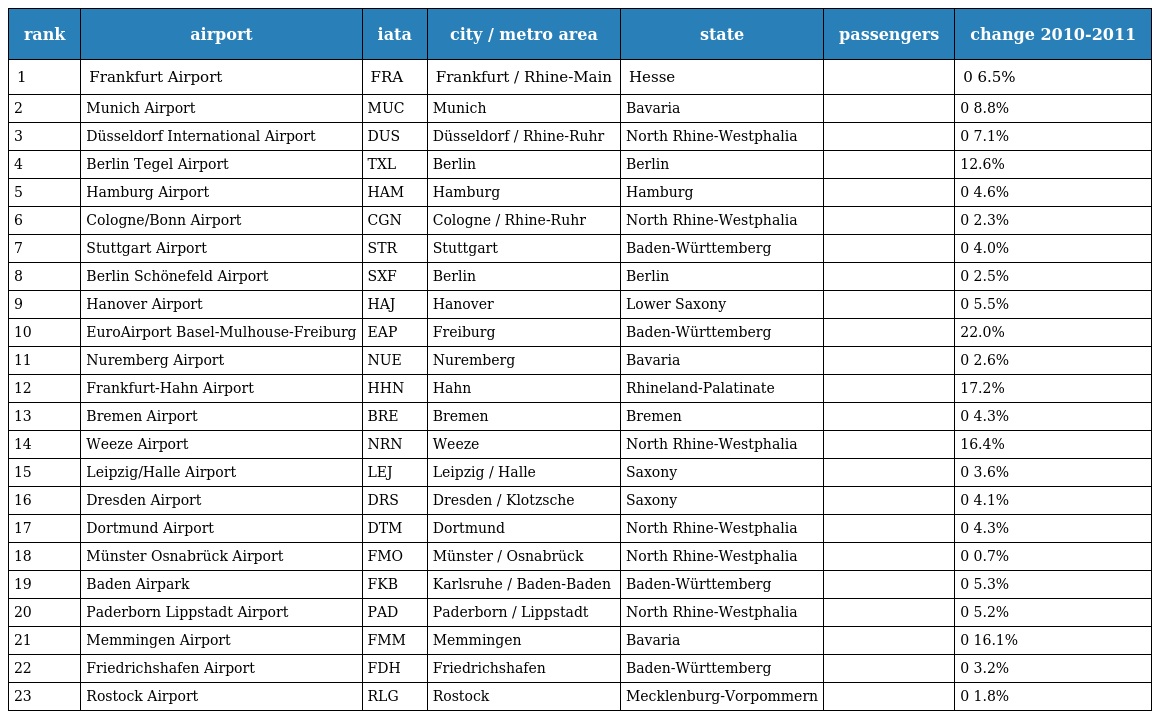
| rank | airport | iata | city / metro area | state | passengers | change 2010-2011 |
 | --- | --- | --- | --- | --- | --- | --- |
 | 1 | Frankfurt Airport | FRA | Frankfurt / Rhine-Main | Hesse |  | 0 6.5% |
 | 2 | Munich Airport | MUC | Munich | Bavaria |  | 0 8.8% |
 | 3 | Düsseldorf International Airport | DUS | Düsseldorf / Rhine-Ruhr | North Rhine-Westphalia |  | 0 7.1% |
 | 4 | Berlin Tegel Airport | TXL | Berlin | Berlin |  | 12.6% |
 | 5 | Hamburg Airport | HAM | Hamburg | Hamburg |  | 0 4.6% |
 | 6 | Cologne/Bonn Airport | CGN | Cologne / Rhine-Ruhr | North Rhine-Westphalia |  | 0 2.3% |
 | 7 | Stuttgart Airport | STR | Stuttgart | Baden-Württemberg |  | 0 4.0% |
 | 8 | Berlin Schönefeld Airport | SXF | Berlin | Berlin |  | 0 2.5% |
 | 9 | Hanover Airport | HAJ | Hanover | Lower Saxony |  | 0 5.5% |
 | 10 | EuroAirport Basel-Mulhouse-Freiburg | EAP | Freiburg | Baden-Württemberg |  | 22.0% |
 | 11 | Nuremberg Airport | NUE | Nuremberg | Bavaria |  | 0 2.6% |
 | 12 | Frankfurt-Hahn Airport | HHN | Hahn | Rhineland-Palatinate |  | 17.2% |
 | 13 | Bremen Airport | BRE | Bremen | Bremen |  | 0 4.3% |
 | 14 | Weeze Airport | NRN | Weeze | North Rhine-Westphalia |  | 16.4% |
 | 15 | Leipzig/Halle Airport | LEJ | Leipzig / Halle | Saxony |  | 0 3.6% |
 | 16 | Dresden Airport | DRS | Dresden / Klotzsche | Saxony |  | 0 4.1% |
 | 17 | Dortmund Airport | DTM | Dortmund | North Rhine-Westphalia |  | 0 4.3% |
 | 18 | Münster Osnabrück Airport | FMO | Münster / Osnabrück | North Rhine-Westphalia |  | 0 0.7% |
 | 19 | Baden Airpark | FKB | Karlsruhe / Baden-Baden | Baden-Württemberg |  | 0 5.3% |
 | 20 | Paderborn Lippstadt Airport | PAD | Paderborn / Lippstadt | North Rhine-Westphalia |  | 0 5.2% |
 | 21 | Memmingen Airport | FMM | Memmingen | Bavaria |  | 0 16.1% |
 | 22 | Friedrichshafen Airport | FDH | Friedrichshafen | Baden-Württemberg |  | 0 3.2% |
 | 23 | Rostock Airport | RLG | Rostock | Mecklenburg-Vorpommern |  | 0 1.8% |